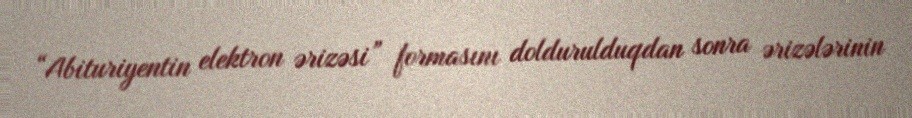
“Abituriyentin elektron ərizəsi” formasını doldurulduqdan sonra ərizələrinin